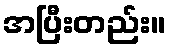
အပြီးတည်း။